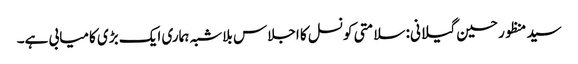
سید منظور حسین گیلانی: سلامتی کونسل کا اجلاس بلاشبہ ہماری ایک بڑی کامیابی ہے۔